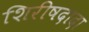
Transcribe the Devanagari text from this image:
शिरीषदादा